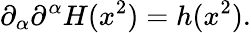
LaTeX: \partial_{\alpha}\partial^{\alpha}H(x^{2})=h(x^{2}).